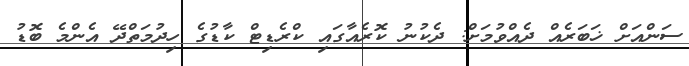
ސަންއަށް ޚަބަރެއް ދެއްވުމަށް: ދެކުނު ކޮރެއާގައި ކްރެޑިޓް ކާޑުގެ ހިދުމަތްދޭ އެންމެ ބޮޑު